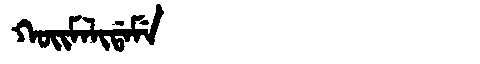
Manchu: ᡴᠣᡳᠮᠠᠯᡳᡩᠠᠮᡝ
Romanization: KOIMALIDAME